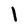
Character: l